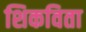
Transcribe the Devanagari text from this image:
शिकविता